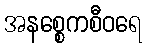
အနစ္စေကစီဝရေ